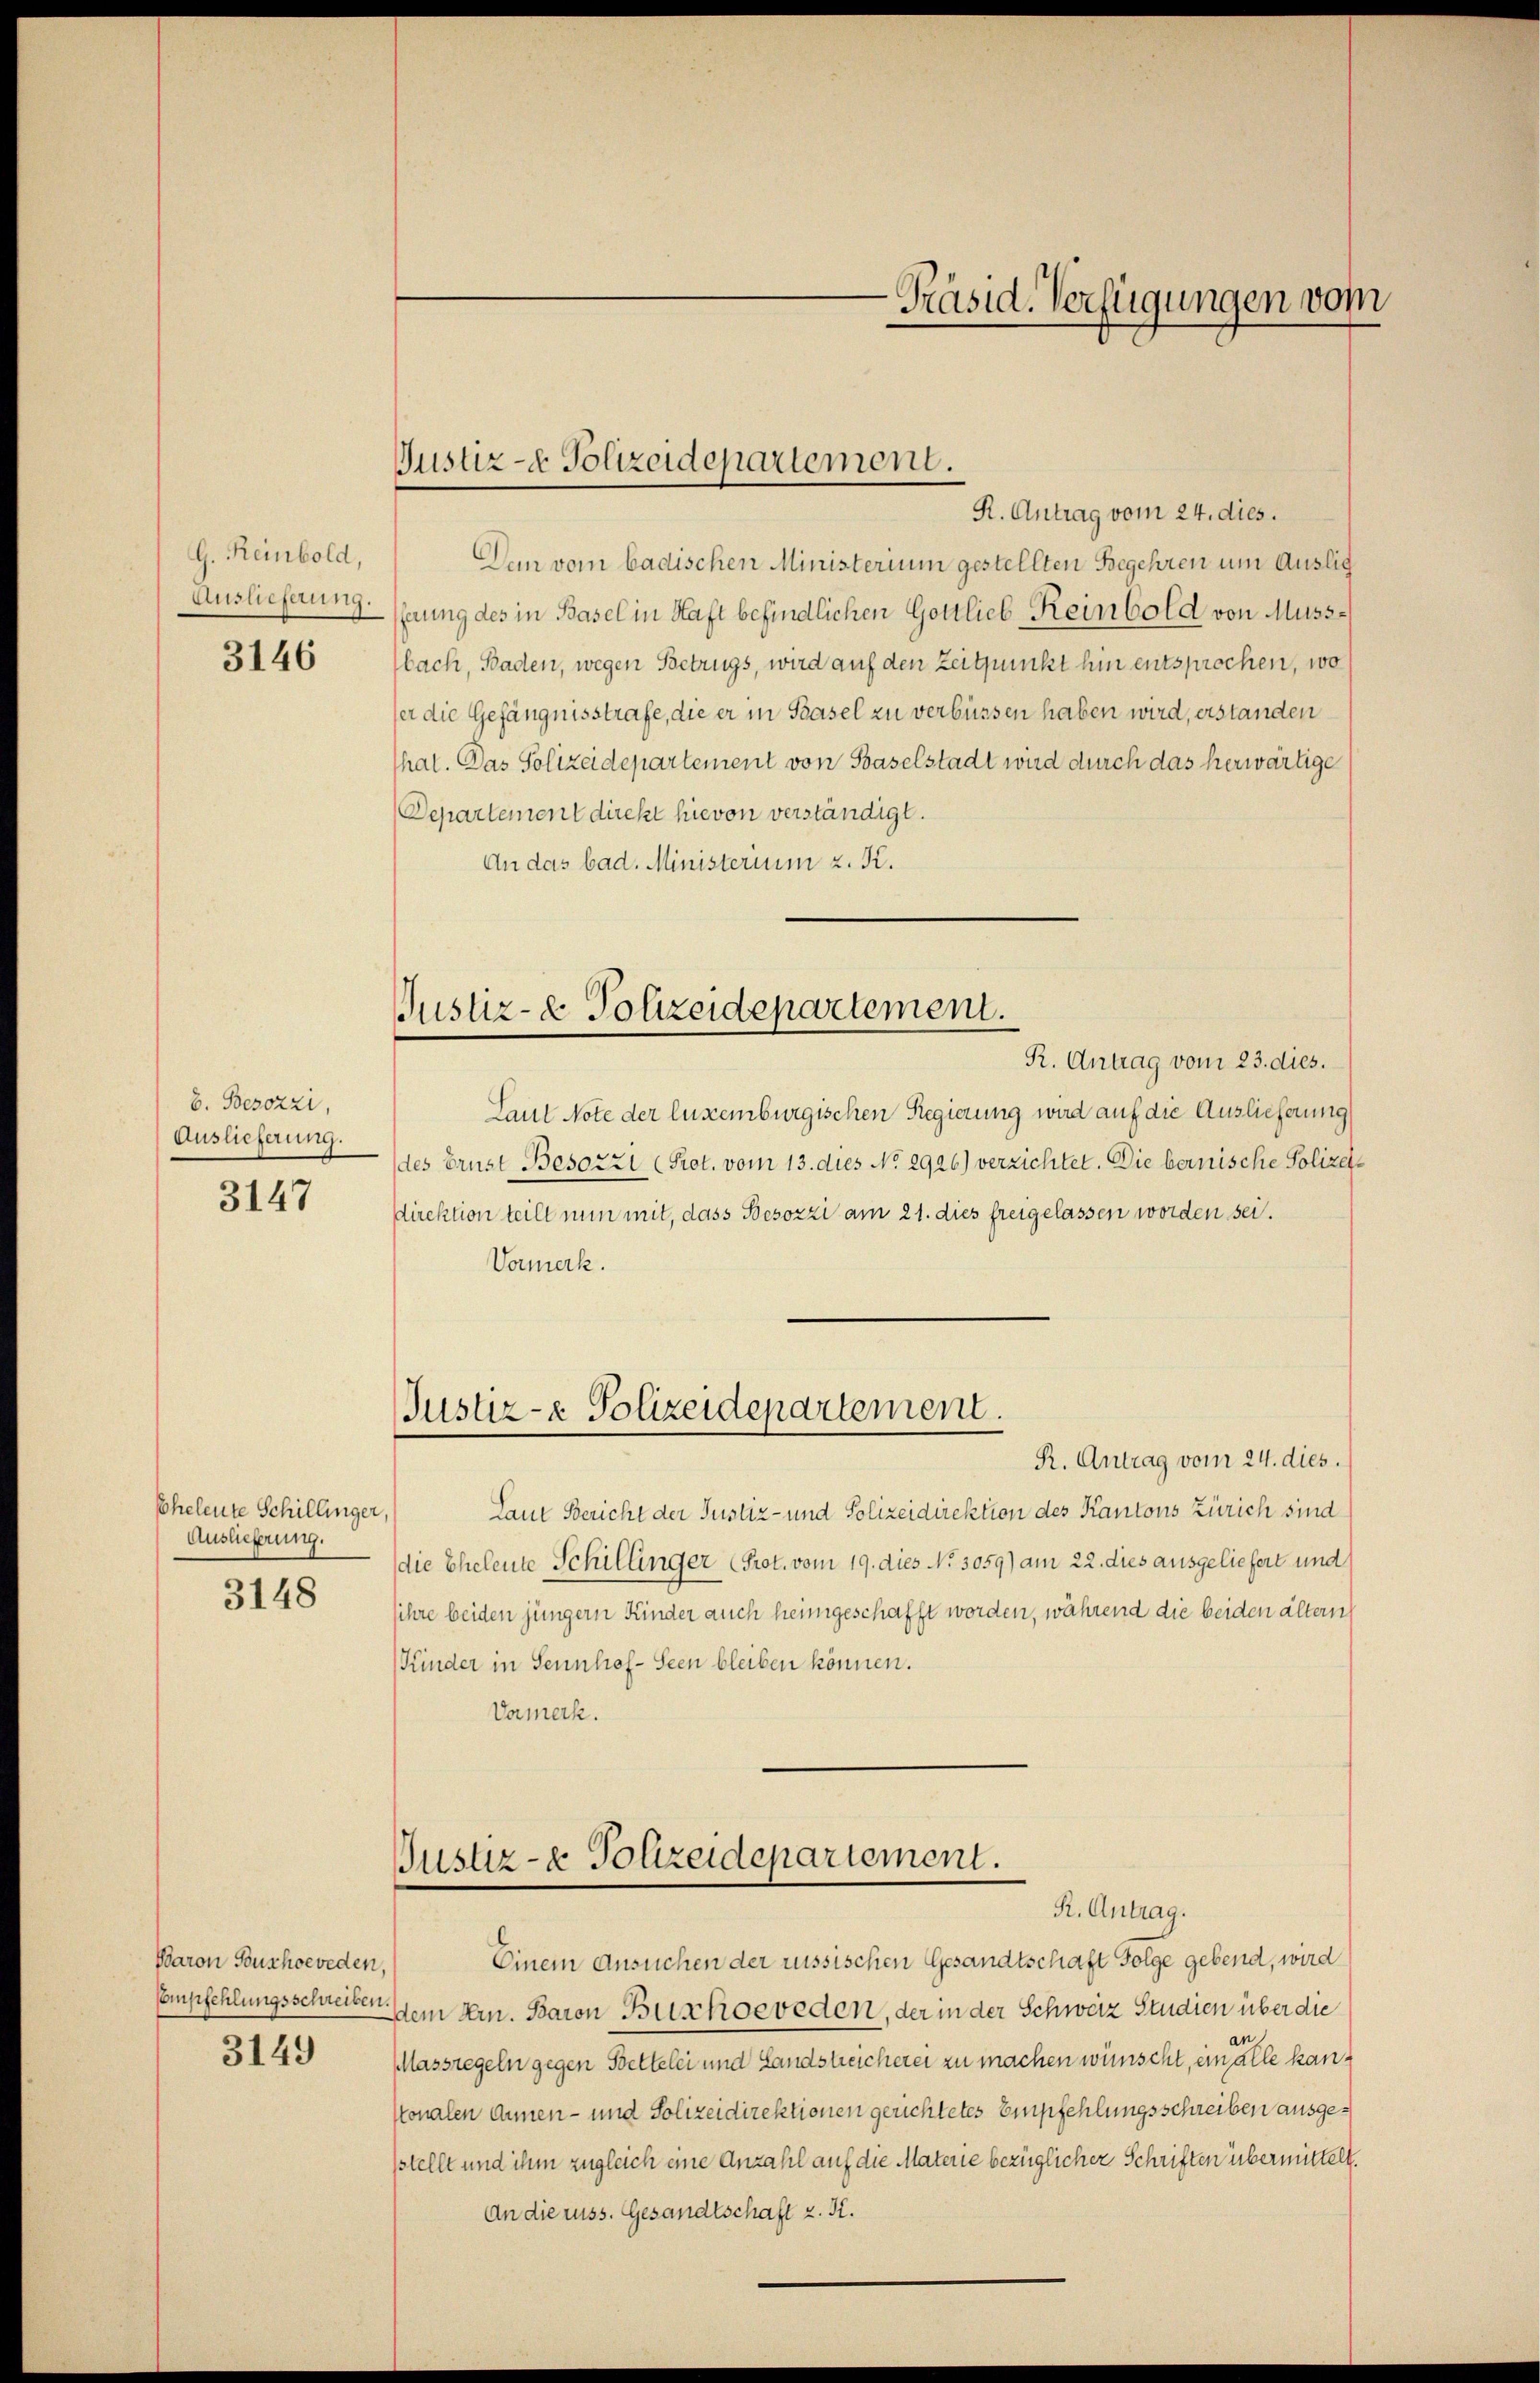
G. Reinbold,
Auslieferung.

3146

b. Besozzi,
Auslieferung.
3147

Eheleute Schillinger,
Auslieferung.
3148

Baron Toushoeveden,
3149

Justiz- & Polizeidepartement.

Justiz- & Polizeidepartement.

Präsid. Verfügungen vom

R. Antrag vom 24. dies.
Den vom badischen Ministerium gestellten Begehren um Auslie
nung des in Basel in Haft befindlichen Gottlieb Reinbold von Mussbach, Baden, wegen Betrugs, wird auf den Zeitpunkt hin entsprochen, wo
ser die Gefängnisstrafe, die er in Basel zu verbüssen haben wird, erstanden
hat. Das Polizeidepartement von Baselstadt wird durch das herwärtige
Departement direkt hievon verständigt.
An das bad. Ministerium z. K.
R. Antrag vom 23. dies.
Laut Note der luzemburgischen Regierung wird auf die Auslieferung
des Brust Besozzi (Prot. vom 13. dies No. 2926) verzichtet. Die bernische Polizeistirektion teilt nun mit, dass Besozzi am 21. dies freigelassen worden sei.
Vormerk.
Justiz- & Polizeidepartement.
R. Antrag vom 24. dies.
Laut Bericht der Justiz- und Polizeidirektion des Kantons Zürich sind
die Eheleute Schillinger (Prot. vom 19. dies No. 3059) am 22. dies ausgeliefert und
sihre beiden jüngern Kinder auch heimgeschafft worden, während die beiden ältern
(Kinder in Sennhof - Seen bleiben können.
Varmerk.

Justiz- & Polizeidepartement.
R. Antrag.

Einem Ansuchen der russischen Gesandtschaft Folge gebend, wird
Empfehlungsschreiben dem Hrn. Baron Buschoeveden, der in der Schweiz Studien über die
Massregeln gegen Bettelei und Landstreicherei zu machen wünscht, ein alle kankonalen Annen- und Polizeidirektionen gerichtetes Empfehlungsschreiben ausgesstellt und ihm zugleich eine Anzahl auf die Materie bezüglicher Schriften übermittelt.
An die russ. Gesandtschaft z. K.